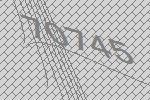
70745